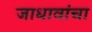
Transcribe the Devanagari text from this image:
जाधावांचा